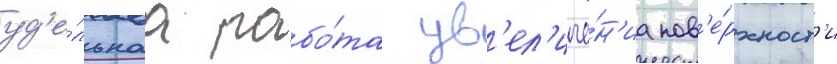
уд'е́льнаа рабо́та ув'ел'иче́н'иа пов'е́рхност'и